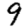
Digit: 9